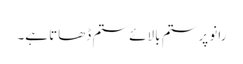
رانو پر ستم بالائے ستم ڈھاتا ہے۔